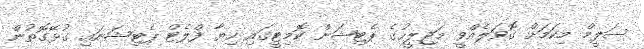
ސަލީމް މިކަމަށް ގޮވަލެއްވީ މަޖިލީހުގެ ޕެޓިޝަން ކޮމިޓީގައި ހިޔާ ފްލެޓް ޕެޓިޝަނައި ގުޅޭގޮތުން